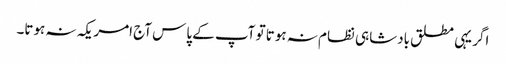
اگر یہی مطلق بادشاہی نظام نہ ہوتا تو آپ کے پاس آج امریکہ نہ ہوتا۔